Sanitation, dispensaries and jails vaccination Rajputana 1922-1927 - 1922-1927
Year: 1922
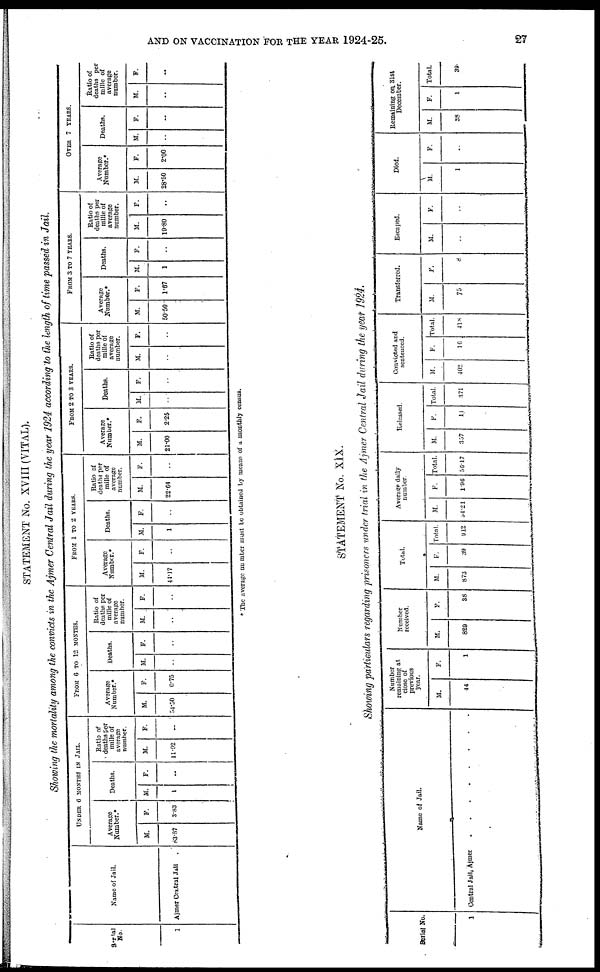
AND ON VACCINATION FOE THE YEAR 1924-25.
27
STATEMENT No. XVIII (VITAL).
Showing the mortality among the convicts in the Ajmer Central Jail during the year 1924 according to (the length of time passed in Jail.
Serial
No.
1
Name of Jail.
Ajmer Central Jail .
UNDER 6 MONTHS IN JAIL.
Average
Number.*
M.
83.87
F.
3.83
Deaths.
M.
1
F.
..
Ratio of
deaths per
mille of
average
number.
M.
11.02
F.
..
FROM 6 TO 12 MONTHS.
Average
Number.*
M.
54.50
F.
0.75
Deaths.
M.
..
F.
..
Ratio of
deaths per
mille of
average
number.
M.
..
F.
..
FROM 1 TO 2 YEARS.
Average
Number.*
M.
41.17
F.
..
Deaths.
M.
1
F.
..
Ratio of
deaths per
mille of
average
number.
M.
22.64
F.
..
FROM 2 TO 3 YEARS.
Average
Number.*
M.
21.00
F.
2.25
Deaths.
M.
..
F.
..
Ratio of
deaths per
mille of
average
number.
M.
..
F.
..
FROM 3 TO 7 YEARS.
Average
Number.*
M.
50.50
F.
1.67
Deaths.
M.
1
F.
..
Ratio of
deaths per
mille of
average
number.
M.
19.80
F.
..
OVER 7 YEARS.
Average
Number.*
M.
28.50
F.
2.00
Deaths.
M.
..
F.
..
Ratio of
deaths per
mille of
average
number.
M.
..
F.
..
* The average number mast be obtained by means of a monthly census.
STATEMENT No. XIX.
Showing particulars regarding prisoners under trial in the Ajmer Central Jail during the year 1924.
Serial No.
1
Name of Jail.
Central Jail, Ajmer
Number
remaining at
close of
previous
year.
M.
44
F.
1
Number
received.
M.
829
F.
38
Total.
M.
873
F.
39
Total.
912
Average daily
number.
M.
54.21
F.
1.96
Total.
56.17
Released.
M.
357
F.
11
Total.
371
Convicted and
sentenced.
M.
402
F.
16
Total.
418
Transferred.
M.
75
F.
8
Escaped.
M.
..
F.
..
Died.
M.
1
F.
..
Remaining on. 31st
December.
M.
38
F.
1
Total.
39